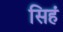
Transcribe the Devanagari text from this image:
सिहं